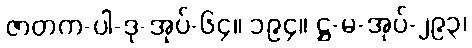
ဇာတက-ပါ-ဒု-အုပ်-၆၄။ ၁၉၄။ ဋ္ဌ-မ-အုပ်-၂၉၃၊